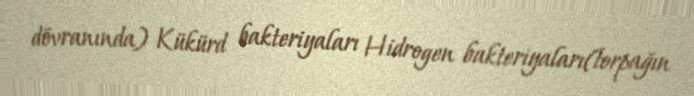
dövranında) Kükürd bakteriyaları Hidrogen bakteriyaları(torpağın